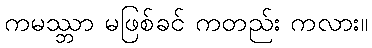
ကမဿ္ဘာ မဖြစ်ခင် ကတည်း ကလား။